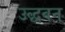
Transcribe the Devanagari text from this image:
उद्धवन